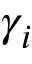
\gamma _ { i }